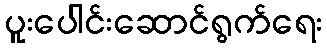
ပူးပေါင်းဆောင်ရွက်ရေး